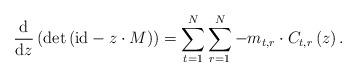
LaTeX: \begin{align*}\frac{\mathrm{d}}{\mathrm{d}z}\left(\det\left(\mathrm{id}-z\cdot M\right)\right)=\sum_{t=1}^{N}\sum_{r=1}^{N}-m_{t,r}\cdot C_{t,r}\left(z\right).\end{align*}